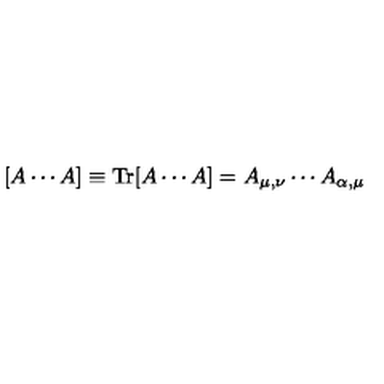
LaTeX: [ A \cdots A ] \equiv \mathrm { T r } [ A \cdots A ] = A _ { \mu , \nu } \cdots A _ { \alpha , \mu }